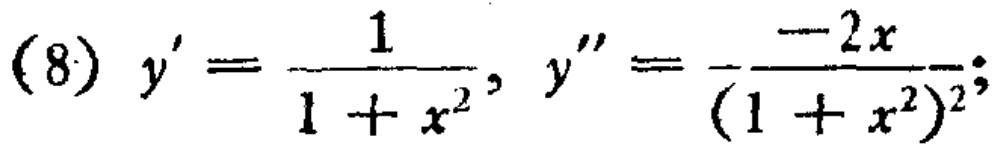
(8) \(y'=\frac{1}{1 + x^{2}},y''=-\frac{-2x}{(1 + x^{2})^{2}};\)